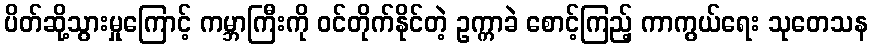
ပိတ်ဆို့သွားမှုကြောင့် ကမ္ဘာကြီးကို ဝင်တိုက်နိုင်တဲ့ ဥက္ကာခဲ စောင့်ကြည့် ကာကွယ်ရေး သုတေသန